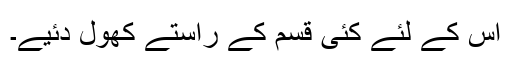
اس کے لئے کئی قسم کے راستے کھول دئیے۔